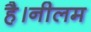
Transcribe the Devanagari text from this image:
है।नीलम